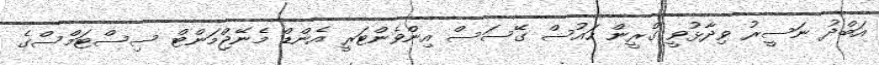
އަބްދު ނަސީރު ވިދާޅުވީ ގްރީން ހައުސް ގޭސަސް އިންވެންޓަރީ އެންޑް މެނޭޖްމަންޓް ސިސްޓަމްސްގެ